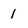
Character: 1